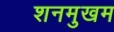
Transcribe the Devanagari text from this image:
शनमुखम